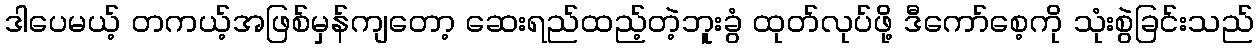
ဒါပေမယ့် တကယ့်အဖြစ်မှန်ကျတော့ ဆေးရည်ထည့်တဲ့ဘူးခွံ ထုတ်လုပ်ဖို့ ဒီကော်စေ့ကို သုံးစွဲခြင်းသည်